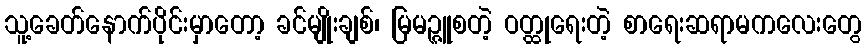
သူ့ခေတ်နောက်ပိုင်းမှာတော့ ခင်မျိုးချစ်၊ မြမဉ္ဇူစတဲ့ ဝတ္ထုရေးတဲ့ စာရေးဆရာမကလေးတွေ